Note on the mental hospitals in Burma - 1925-1940
Year: 1925
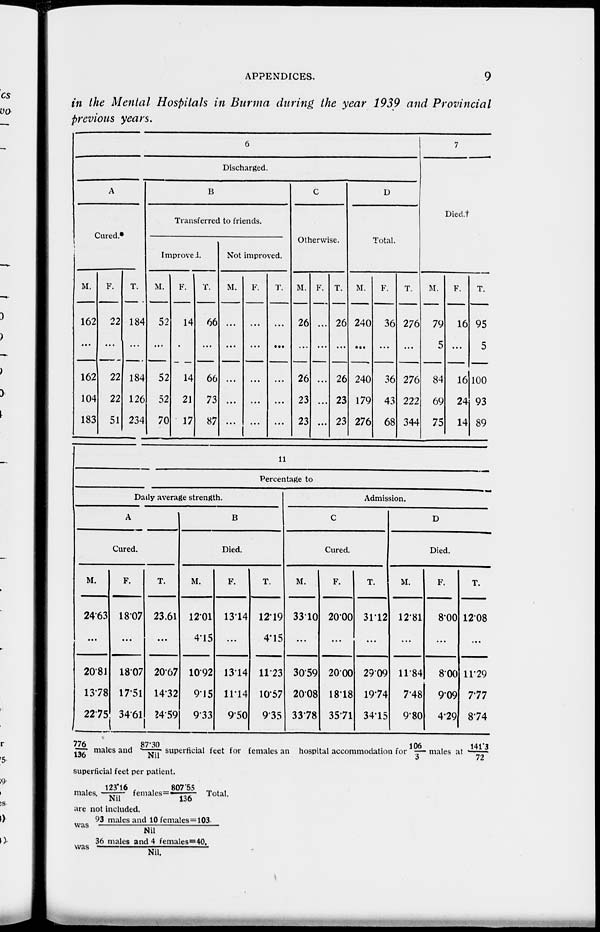
APPENDICES,
9
in the Mental Hospitals in Burma during, the year 1939 and Provincial
previous years.
6
Discharged.
A
Cured*
M.
162
...
162
104
183
F.
22
...
22
22
51
T.
184
...
184
126
234
B
Transferred to friends.
Improved.
M.
52
...
52
52
70
F.
14
...
14
21
17
T.
66
...
66
73
87
Not improved.
M.
...
...
...
...
...
F.
...
...
...
...
...
T.
...
...
...
...
...
C
Otherwise.
M.
26
...
26
23
23
F.
...
...
...
...
...
T.
26
...
26
23
23
D
Total.
M.
240
...
240
179
276
F.
36
...
36
43
68
T.
276
...
276
222
344
7
Died.†
M.
79
5
84
69
75
F.
16
...
16
24
14
T.
95
5
100
93
89
11
Percentage to
Daily average strength.
A
Cured.
M.
24.63
...
20.81
13.78
22.75
F.
18.07
...
18.07
17.51
34.61
T.
23.61
...
20.67
14.32
24.59
B
Died.
M.
12.01
4.15
10.92
9.15
9.33
F.
13.14
...
13.14
11.14
9.50
T.
12.19
4.15
11.23
10.57
9.35
Admission.
C
Cured.
M.
33.10
...
30.59
20.08
33.78
F.
20.00
...
20.00
18.18
35.71
T.
31.12
...
29.09
19.74
34.15
D
Died.
M.
12.81
...
11.84
7.48
9.80
F.
8.00
...
8.00
9.09
4.29
T.
12.08
...
11.29
7.77
8.74
778/136 males and 87.30/ Nil superficial feet for females an hospital accommodation for 106/3 males at 141.3/72
superficial feet per patient.
males, 123.16/Nil females=807.55 /136 Total.
are not included.
was 93 males and 10 females=103./Nil
was 36 males and 4 females=40./Nil